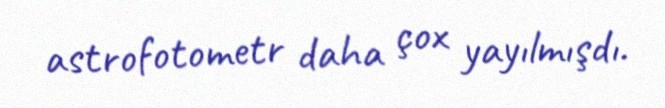
astrofotometr daha çox yayılmışdı.